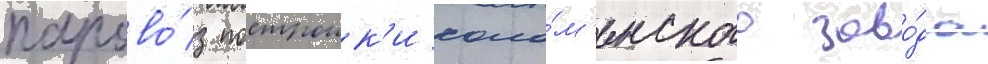
парово́з построик'и коло́м'енского заво́да